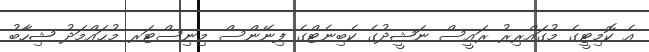
އެ ކޮމިޓީގެ މުގައްރިރު ރައީސް ނަޝީދުގެ ކެބިނެޓްގެ ފިނޭންސް މިނިސްޓަރ މުޙައްމަދު ޝިހާބު